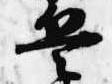
兵